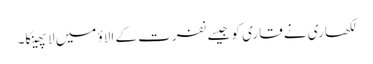
لکھاری نے قاری کو جیسے نفرت کے الاؤ میں لا پھینکا۔